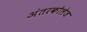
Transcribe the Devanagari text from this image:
अंतरकोलेज